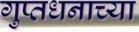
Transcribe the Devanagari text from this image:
गुप्तधनाच्या